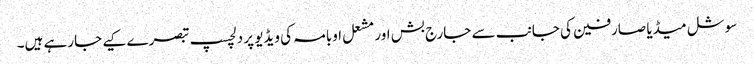
سوشل میڈیا صارفین کی جانب سے جارج بش اور مشعل اوبامہ کی ویڈیو پر دلچسپ تبصرے کیے جارہے ہیں۔